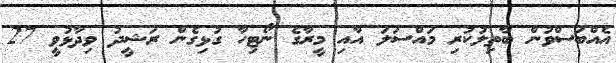
އެއްބަސްވުން ބާތިލުކުރި މައްސަލަ އާއި މީރާގެ ނޯޓިހާ ގުޅިގެން ރަޝީދު ވިދާޅުވީ 27